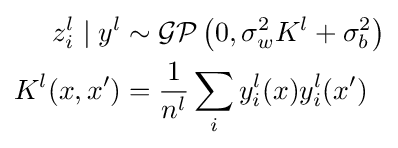
{\begin{aligned}z_{i}^{l}\mid y^{l}&\sim {\mathcal {GP}}\left(0,\sigma _{w}^{2}K^{l}+\sigma _{b}^{2}\right)\\K^{l}(x,x')&={\frac {1}{n^{l}}}\sum _{i}y_{i}^{l}(x)y_{i}^{l}(x')\end{aligned}}